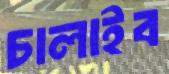
চালাইব